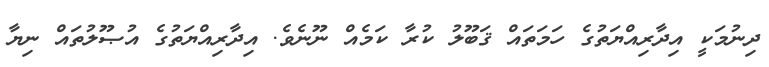
ދިނުމަކީ އިދާރިއްޔަތުގެ ހަމަތައް ޤަބޫލު ކުރާ ކަމެއް ނޫނެވެ. އިދާރިއްޔަތުގެ އުޞޫލުތައް ނިޔާ